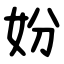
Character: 妢